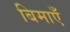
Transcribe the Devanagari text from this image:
बिमाएँ